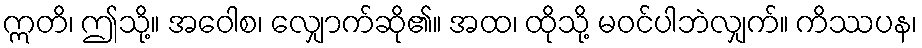
ဣတိ၊ ဤသို့။ အဝေါစ၊ လျှောက်ဆို၏။ အထ၊ ထိုသို့ မဝင်ပါဘဲလျှက်။ ကိဿပန၊